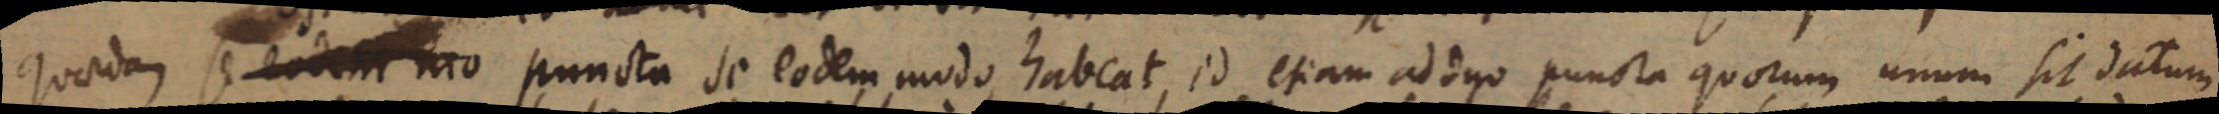
quaedam se eodem mo puncta se eodem modo habeat, id etiam ad duo puncta quorum unum sit datum